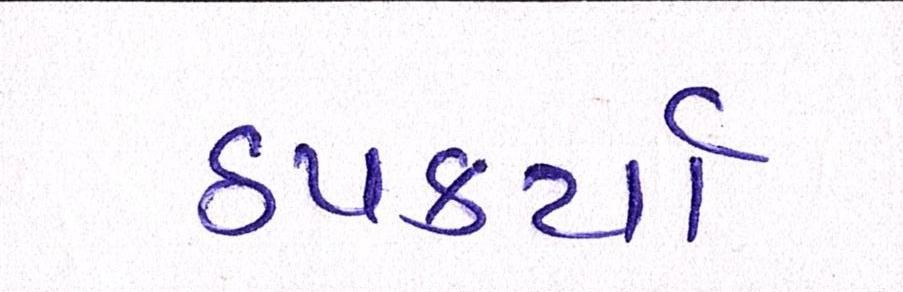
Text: ઠપકર્યા